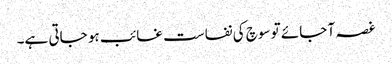
غصہ آ جائے تو سوچ کی نفاست غائب ہو جاتی ہے۔